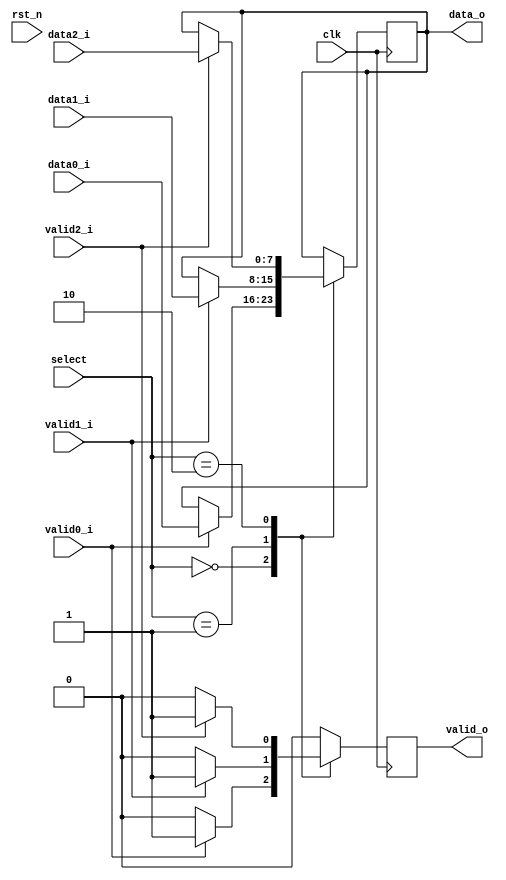
`timescale 1ns / 1ps
module mux #(
		parameter D_WIDTH = 8
	)(
		// Clock and reset interface
		input clk,
		input rst_n,
		
		//Select interface
		input[1:0] select,
		
		// Output interface
		output reg[D_WIDTH - 1 : 0] data_o,
		output reg						 valid_o,
				
		//output interfaces
		input [D_WIDTH - 1 : 0] 	data0_i,
		input   							valid0_i,
		
		input [D_WIDTH - 1 : 0] 	data1_i,
		input   							valid1_i,
		
		input [D_WIDTH - 1 : 0] 	data2_i,
		input     						valid2_i
    );
	
	 always @(posedge clk) begin // pe frontul crescator al semnalului clk
		valid_o <= 0; // setez valid_o pe 0
		case(select) // in functie de valoarea lui select, pun pe output semnalele corespunzatoare
			0: if(valid0_i) begin // caesar
					data_o <= data0_i;
					valid_o <= 1;
				end
			1: if(valid1_i) begin // scytale
					data_o <= data1_i;
					valid_o <= 1;
				end
			2: if(valid2_i) begin // zigzag
					data_o <= data2_i;
					valid_o <= 1;
				end
		endcase
	 end
endmodule